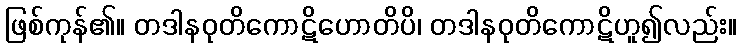
ဖြစ်ကုန်၏။ တဒါနဝုတိကောဋိဟောတိပိ၊ တဒါနဝုတိကောဋိဟူ၍လည်း။